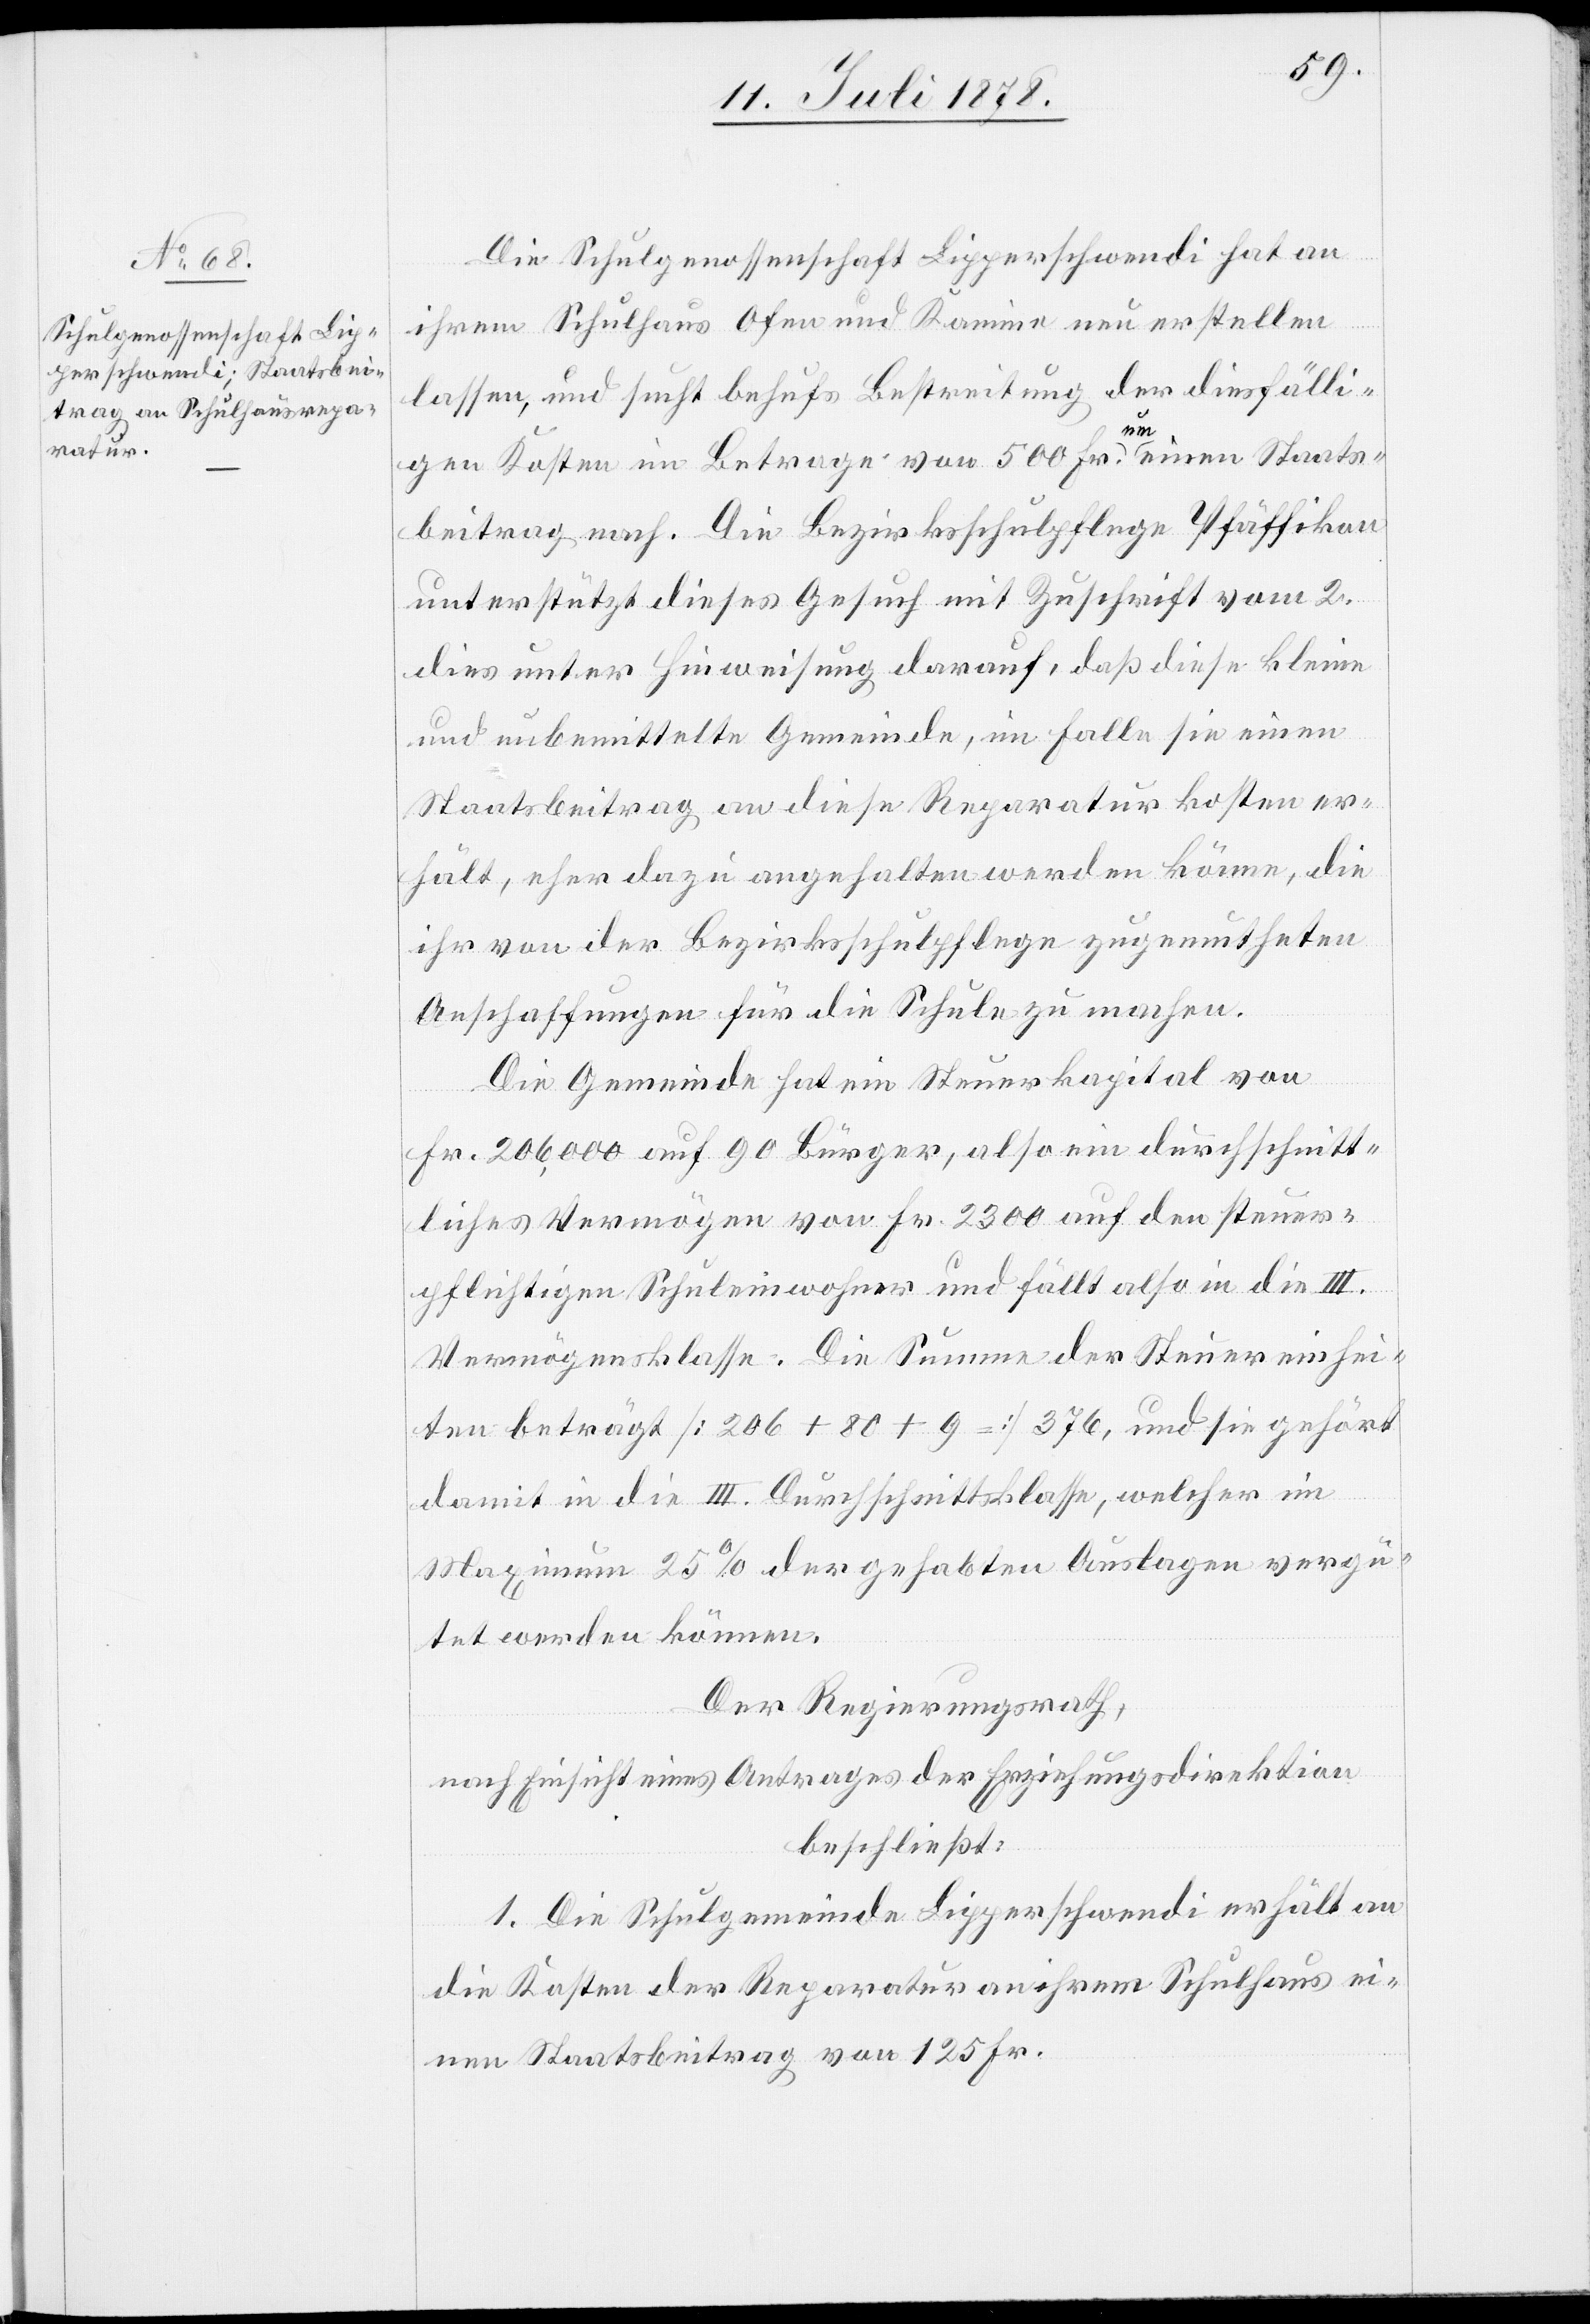
Die Schulgenossenschaft Lipperschwendi hat an
ihrem Schulhaus Ofen und Kamine neu erstellen
lassen, und sucht behufs Bestreitung der diesfälli¬
gen Kosten im Betrage von 500 Fr. um einen Staats¬
beitrag nach. Die Bezirksschulpflege Pfäffikon
unterstützt dieses Gesuch mit Zuschrift vom 2.
dies unter Hinweisung darauf, daß diese kleine
und unbemittelte Gemeinde, im Falle sie einen
Staatsbeitrag an diese Reparaturkosten er¬
hält, eher dazu angehalten werden könne, die
ihr von der Bezirksschulpflege zugemutheten
Anschaffungen für die Schule zu machen.
Die Gemeinde hat ein Steuerkapital von
Fr. 206 000 auf 90 Bürger, also ein durchschnitt¬
liches Vermögen von Fr. 2300 auf den steuer¬
pflichtigen Schuleinwohner und fällt also in die III.
Vermögensklasse. Die Summe der Steuereinhei¬
ten beträgt [206 + 80 + 90 =] 376, und sie gehört
damit in die III. Durchschnittsklasse, welcher im
Maximum 25% der gehabten Auslagen vergü¬
tet werden können.
Der Regierungsrath,
nach Einsicht eines Antrages der Erziehungsdirektion
beschließt:
1. Die Schulgemeinde Lipperschwendi erhält an
die Kosten der Reparatur an ihrem Schulhaus ei¬
nen Staatsbeitrag von 125 Fr.